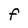
Character: F